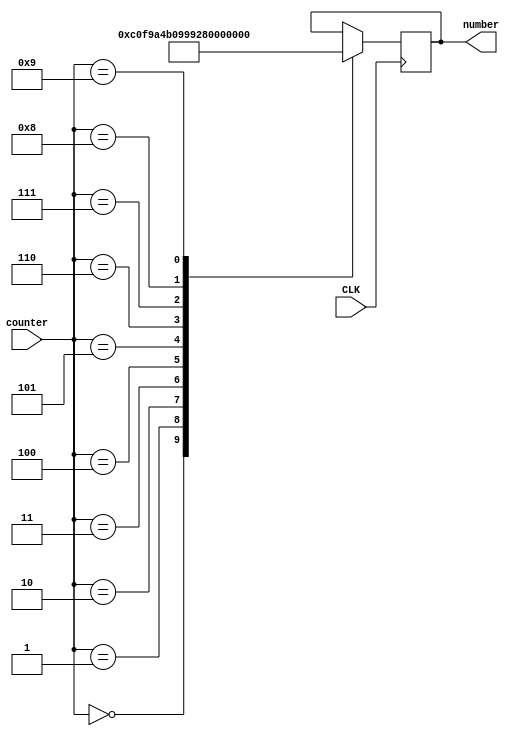
`timescale 1ns / 1ps
//////////////////////////////////////////////////////////////////////////////////
// Company: 
// Engineer: 
// 
// Design Name: 
// Module Name: numberscrollA
// Project Name: 
// Target Devices: 
// Tool Versions: 
// Description: 
// 
// Dependencies: 
// 
// Revision:
// Revision 0.01 - File Created
// Additional Comments:
// 
//////////////////////////////////////////////////////////////////////////////////


module numberscrollA(input CLK ,  output reg[7:0]number = 0, input[15:0]counter  ); 
always@ (posedge CLK)
    begin
    case(counter)
        0:  
            number <= 8'b11000000; //0
        1:
            number <= 8'b11111001; //1
        2:
            number <= 8'b10100100; //2
        3:  
            number <= 8'b10110000;//3
        4:
            number <= 8'b10011001;//4
        5:
            number <= 8'b10010010;//5
        6:
            number <= 8'b10000010;//6
        7:
            number <= 8'b11111000;//7
        8:
            number <= 8'b10000000;//8
        9:
            number <= 8'b10010000;//9
        endcase       
    end

endmodule